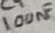
Text: 100nF